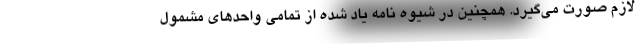
لازم صورت می‌گیرد. همچنین در شیوه نامه یاد شده از تمامی واحدهای مشمول